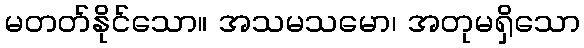
မတတ်နိုင်သော။ အသမသမော၊ အတုမရှိသော